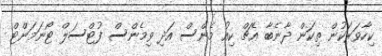
ކިހާވަރަކުން ތިކަން ދާނެބާ އެޗް ކިއު މެންސް އަދި ވިމެންސް ފުޓްސަލް ޓޯނަމަންޓް